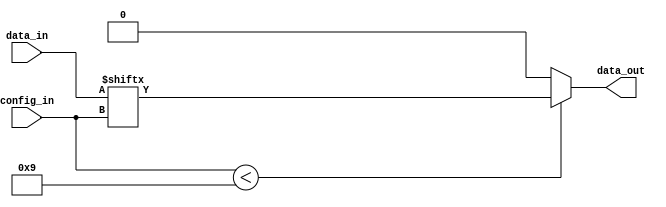
module MultiplexerSBLE(
    input [8:0] data_in,
    output data_out,
    input [3:0] config_in
);
    // Dispatch the config 
    wire [3:0] c_selector = config_in[3:0];

    // Synthesizer is probably better than me to infer the best mux
    assign data_out = config_in < 9 ? data_in[c_selector] : 0;
endmodule